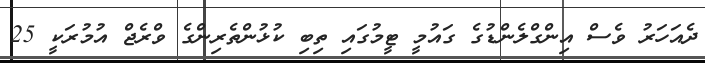
ދެއަހަރު ވެސް އިންގްލެންޑުގެ ގައުމީ ޓީމުގައި ތިބި ކުޅުންތެރިންގެ ވްރެޖް އުމުރަކީ 25